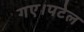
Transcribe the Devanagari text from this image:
गए।पटेल